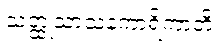
သတ္ထုသာသနကာရိကာတိ